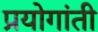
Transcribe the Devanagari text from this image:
प्रयोगांती